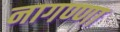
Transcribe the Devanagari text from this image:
नागण्णा